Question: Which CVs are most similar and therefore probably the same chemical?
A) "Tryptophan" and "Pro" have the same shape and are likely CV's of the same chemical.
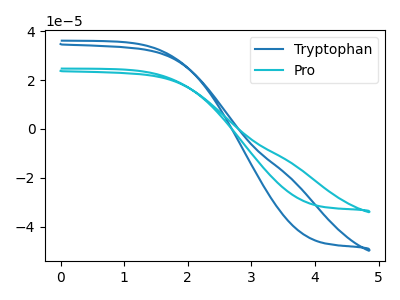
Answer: <think>The blue curve "Tryptophan" has no peaks. The cyan curve "Pro" has no peaks.
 Neither "Tryptophan" or "Pro" have any peaks.</think>
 <answer>A) "Tryptophan" and "Pro" have the same shape and are likely CV's of the same chemical.</answer>
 <eval>A</eval>